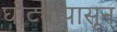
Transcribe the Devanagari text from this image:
घोट्यापासून